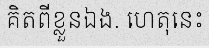
គិតពីខ្លួនឯង. ហេតុនេះ